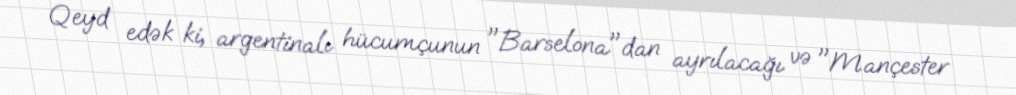
Qeyd edək ki, argentinalı hücumçunun "Barselona"dan ayrılacağı və "Mançester